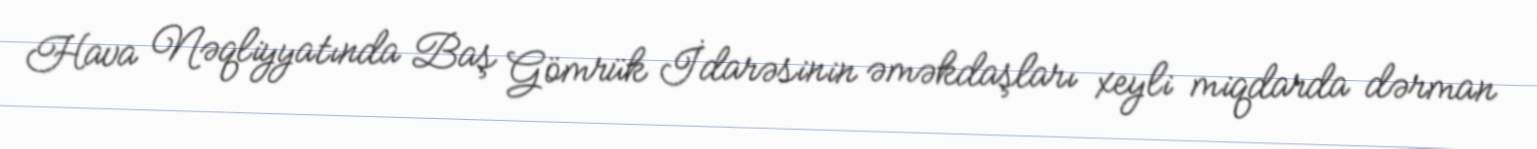
Hava Nəqliyyatında Baş Gömrük İdarəsinin əməkdaşları xeyli miqdarda dərman